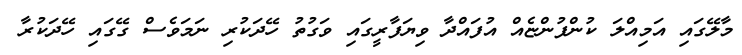
މާލޭގައި އަމިއްލަ ކުންފުންޏެއް އުފައްދާ ވިޔަފާރީގައި ވަގުތު ހޭދަކުރި ނަމަވެސް ގޭގައި ހޭދަކުރާ